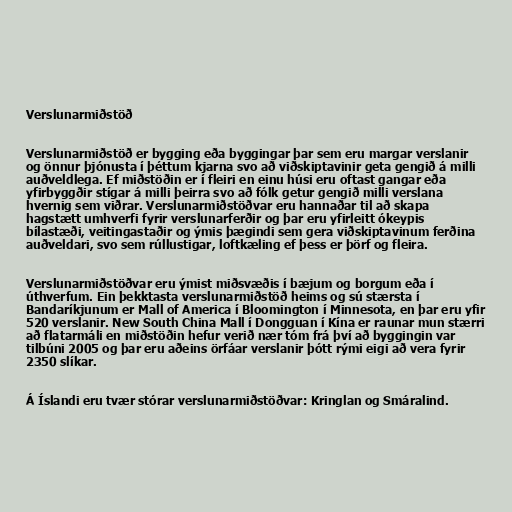
Verslunarmiðstöð

Verslunarmiðstöð er bygging eða byggingar þar sem eru margar verslanir
og önnur þjónusta í þéttum kjarna svo að viðskiptavinir geta gengið á milli
auðveldlega. Ef miðstöðin er í fleiri en einu húsi eru oftast gangar eða
yfirbyggðir stígar á milli þeirra svo að fólk getur gengið milli verslana
hvernig sem viðrar. Verslunarmiðstöðvar eru hannaðar til að skapa
hagstætt umhverfi fyrir verslunarferðir og þar eru yfirleitt ókeypis
bílastæði, veitingastaðir og ýmis þægindi sem gera viðskiptavinum ferðina
auðveldari, svo sem rúllustigar, loftkæling ef þess er þörf og fleira.

Verslunarmiðstöðvar eru ýmist miðsvæðis í bæjum og borgum eða í
úthverfum. Ein þekktasta verslunarmiðstöð heims og sú stærsta í
Bandaríkjunum er Mall of America í Bloomington í Minnesota, en þar eru yfir
520 verslanir. New South China Mall í Dongguan í Kína er raunar mun stærri
að flatarmáli en miðstöðin hefur verið nær tóm frá því að byggingin var
tilbúni 2005 og þar eru aðeins örfáar verslanir þótt rými eigi að vera fyrir
2350 slíkar.

Á Íslandi eru tvær stórar verslunarmiðstöðvar: Kringlan og Smáralind.